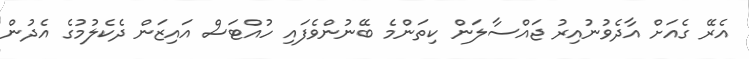
އެރޭ ގެއަށް އާދެވުނުއިރު ޖައްސާލަން ކިތަންމެ ބޭނުންވެފައި ހުއްޓަސް އައިޒަން ދެކެލުމުގެ އެދުން